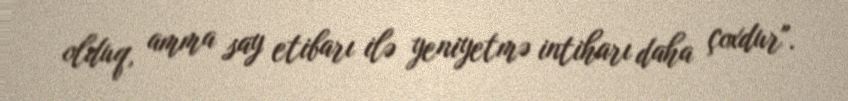
olduq, amma say etibarı ilə yeniyetmə intiharı daha çoxdur".